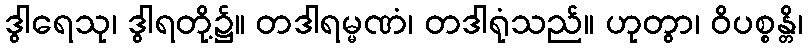
ဒွါရေသု၊ ဒွါရတို့၌။ တဒါရမ္မဏံ၊ တဒါရုံသည်။ ဟုတွာ၊ ဝိပစ္စန္တိ၊